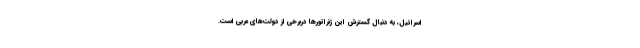
اسرائیل، به دنبال گسترش این ژنراتور‌ها دربرخی از دولت‌های عربی است.